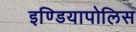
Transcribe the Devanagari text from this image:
इण्डियापोलिस